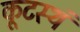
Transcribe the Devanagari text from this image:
कूटस्थं